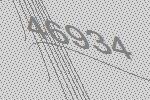
46934